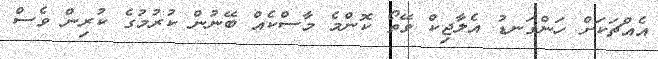
އެއްޗަކަށް ހަންގަނޑު އެލާޖިކް ވޭތޯ ކޮންމެ މާސްކެއް ބޭނުން ކުރުމުގެ ކުރިން ވެސް